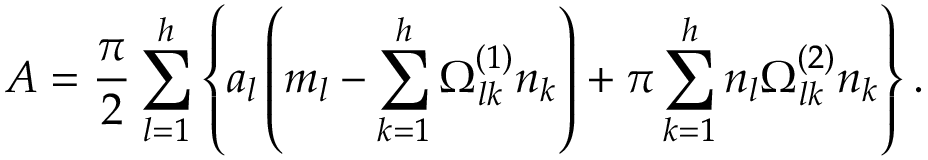
A = { \frac { \pi } { 2 } } \sum _ { l = 1 } ^ { h } \left\{ a _ { l } \left( m _ { l } - \sum _ { k = 1 } ^ { h } \Omega _ { l k } ^ { ( 1 ) } n _ { k } \right) + \pi \sum _ { k = 1 } ^ { h } n _ { l } \Omega _ { l k } ^ { ( 2 ) } n _ { k } \right\} .